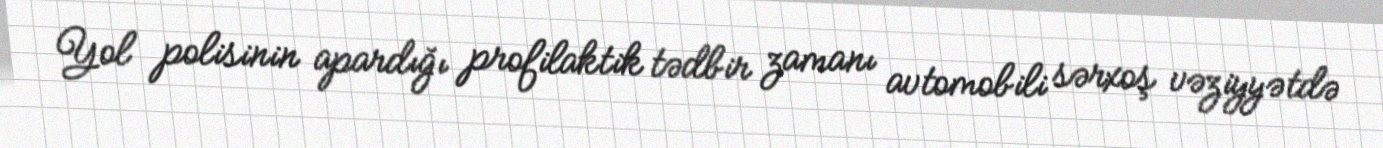
Yol polisinin apardığı profilaktik tədbir zamanı avtomobili sərxoş vəziyyətdə